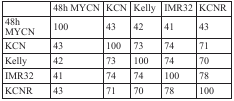
|  | 48h MYCN | KCN | Kelly | IMR32 | KCNR |
 | --- | --- | --- | --- | --- | --- |
 | 48h MYCN | 100 | 43 | 42 | 41 | 43 |
 | KCN | 43 | 100 | 73 | 74 | 71 |
 | Kelly | 42 | 73 | 100 | 74 | 70 |
 | IMR32 | 41 | 74 | 74 | 100 | 78 |
 | KCNR | 43 | 71 | 70 | 78 | 100 |